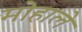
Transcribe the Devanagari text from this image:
मोहाले